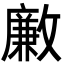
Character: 𣀊